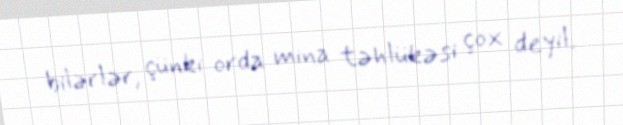
bilərlər, çünki orda mina təhlükəsi çox deyil.